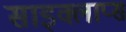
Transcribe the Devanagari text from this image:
साइक्लाप्स